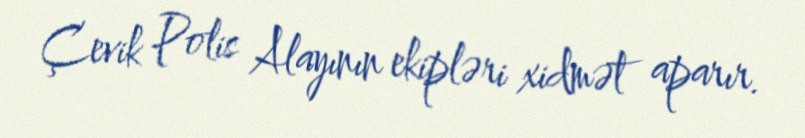
Çevik Polis Alayının ekipləri xidmət aparır.